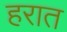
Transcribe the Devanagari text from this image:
हरात